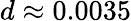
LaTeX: d\approx 0.0035